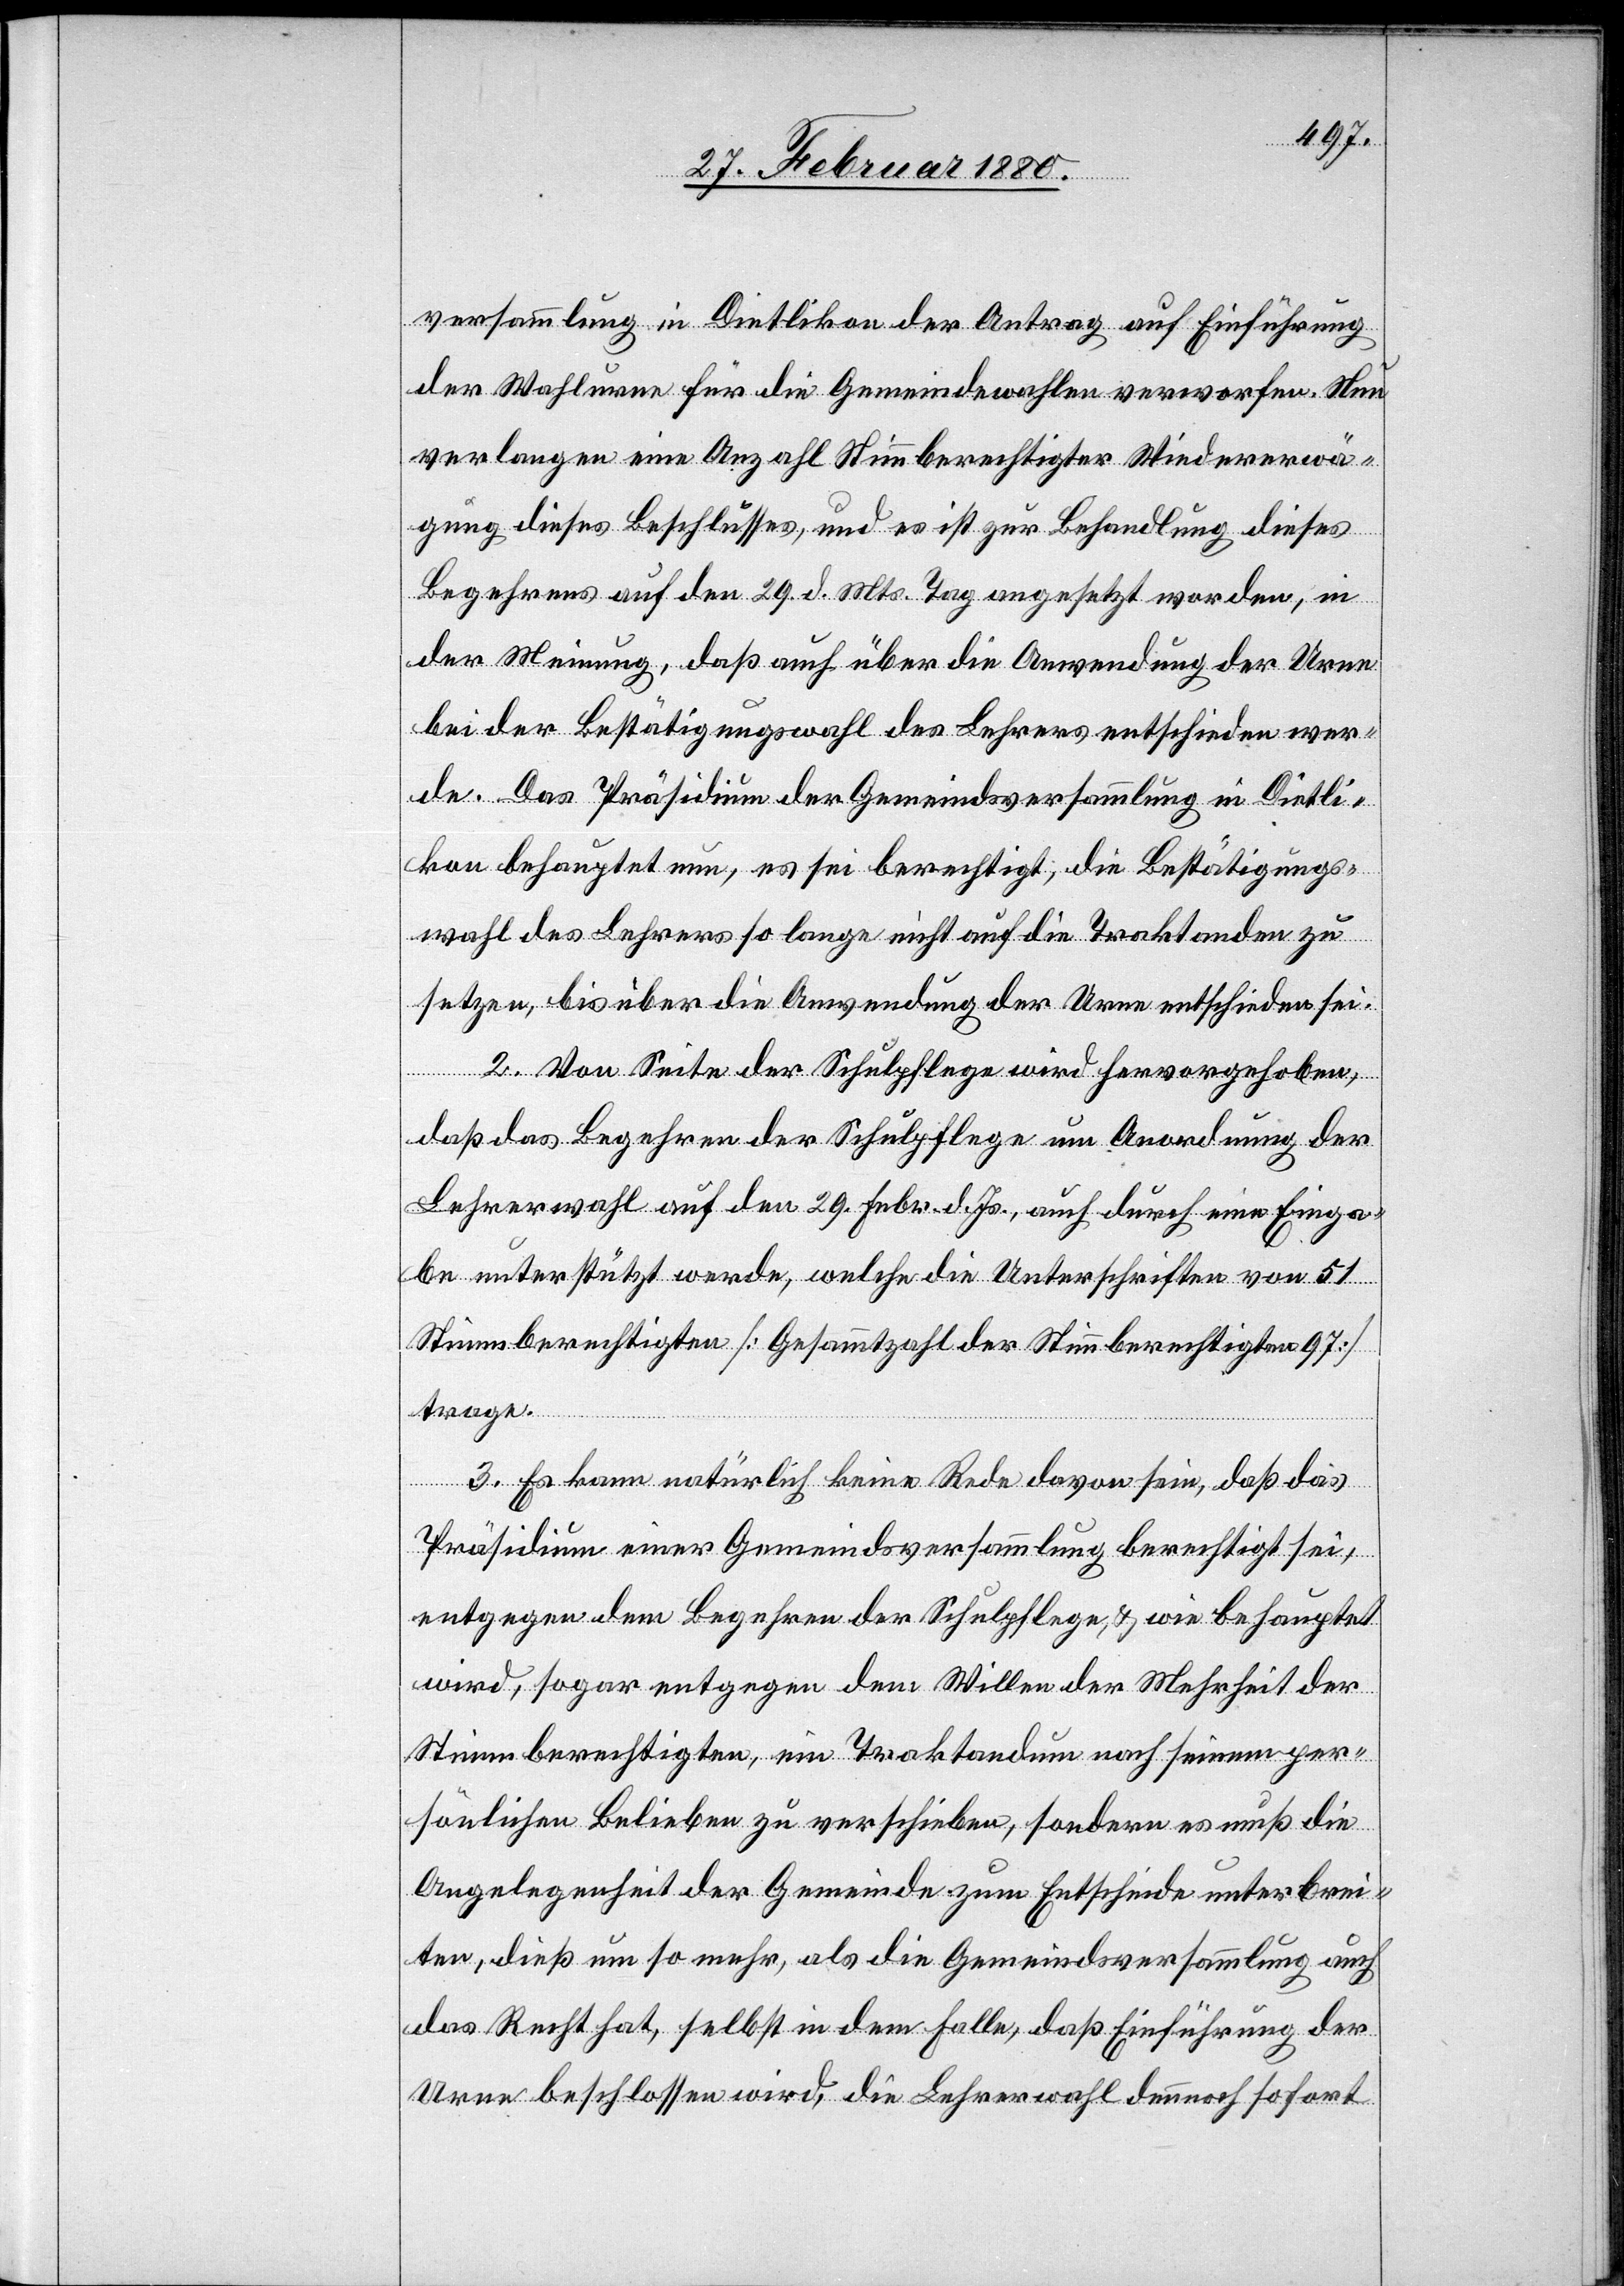
versammlung in Dietlikon der Antrag auf Einführung
der Wahlurne für die Gemeindewahlen verworfen. Nun
verlangen eine Anzahl Stimmberechtigter Wiedererwä¬
gung dieses Beschlusses, und es ist zur Behandlung dieses
Begehrens auf den 29. d. Mts. Tag angesetzt worden, in
der Meinung, daß auch über die Anwendung der Urne
bei der Bestätigungswahl des Lehrers entschieden wer¬
de. Das Präsidium der Gemeindsversammlung in Dietli¬
kon behauptet nun, es sei berechtigt, die Bestätigungs¬
wahl des Lehrers so lange nicht auf die Traktanden zu
setzen, bis über die Anwendung der Urne entschieden sei.
2. Von Seite der Schulpflege wird hervorgehoben,
daß das Begehren der Schulpflege um Anordnung der
Lehrerwahl auf den 29. Febr. d. Js., auch durch eine Einga¬
be unterstützt werde, welche die Unterschriften von 51
Stimmberechtigten [Gesammtzahl der Stimmberechtigten 97]
trage.
3. Es kann natürlich keine Rede davonsein, daß das
Präsidium einer Gemeindsversammlung berechtigt sei,
entgegen dem Begehren der Schulpflege, & wie behauptet
wird, sogar entgegen dem Willen der Mehrheit der
Stimmberechtigten, ein Traktandum nach seinem per¬
sönlichen Belieben zu verschieben, sondern es muß die
Angelegenheit der Gemeinde zum Entscheide unterbrei¬
ten, dieß um so mehr, als die Gemeindsversammlung auch
das Recht hat, selbst in dem Falle, daß Einführung der
Urne beschlossen wird, die Lehrerwahl dennoch sofort